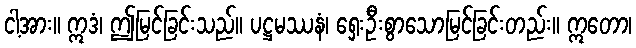
ငါ့အား။ ဣဒံ၊ ဤမြင်ခြင်းသည်။ ပဋ္ဌမဿနံ၊ ရှေးဦးစွာသောမြင်ခြင်းတည်း။ ဣတော၊